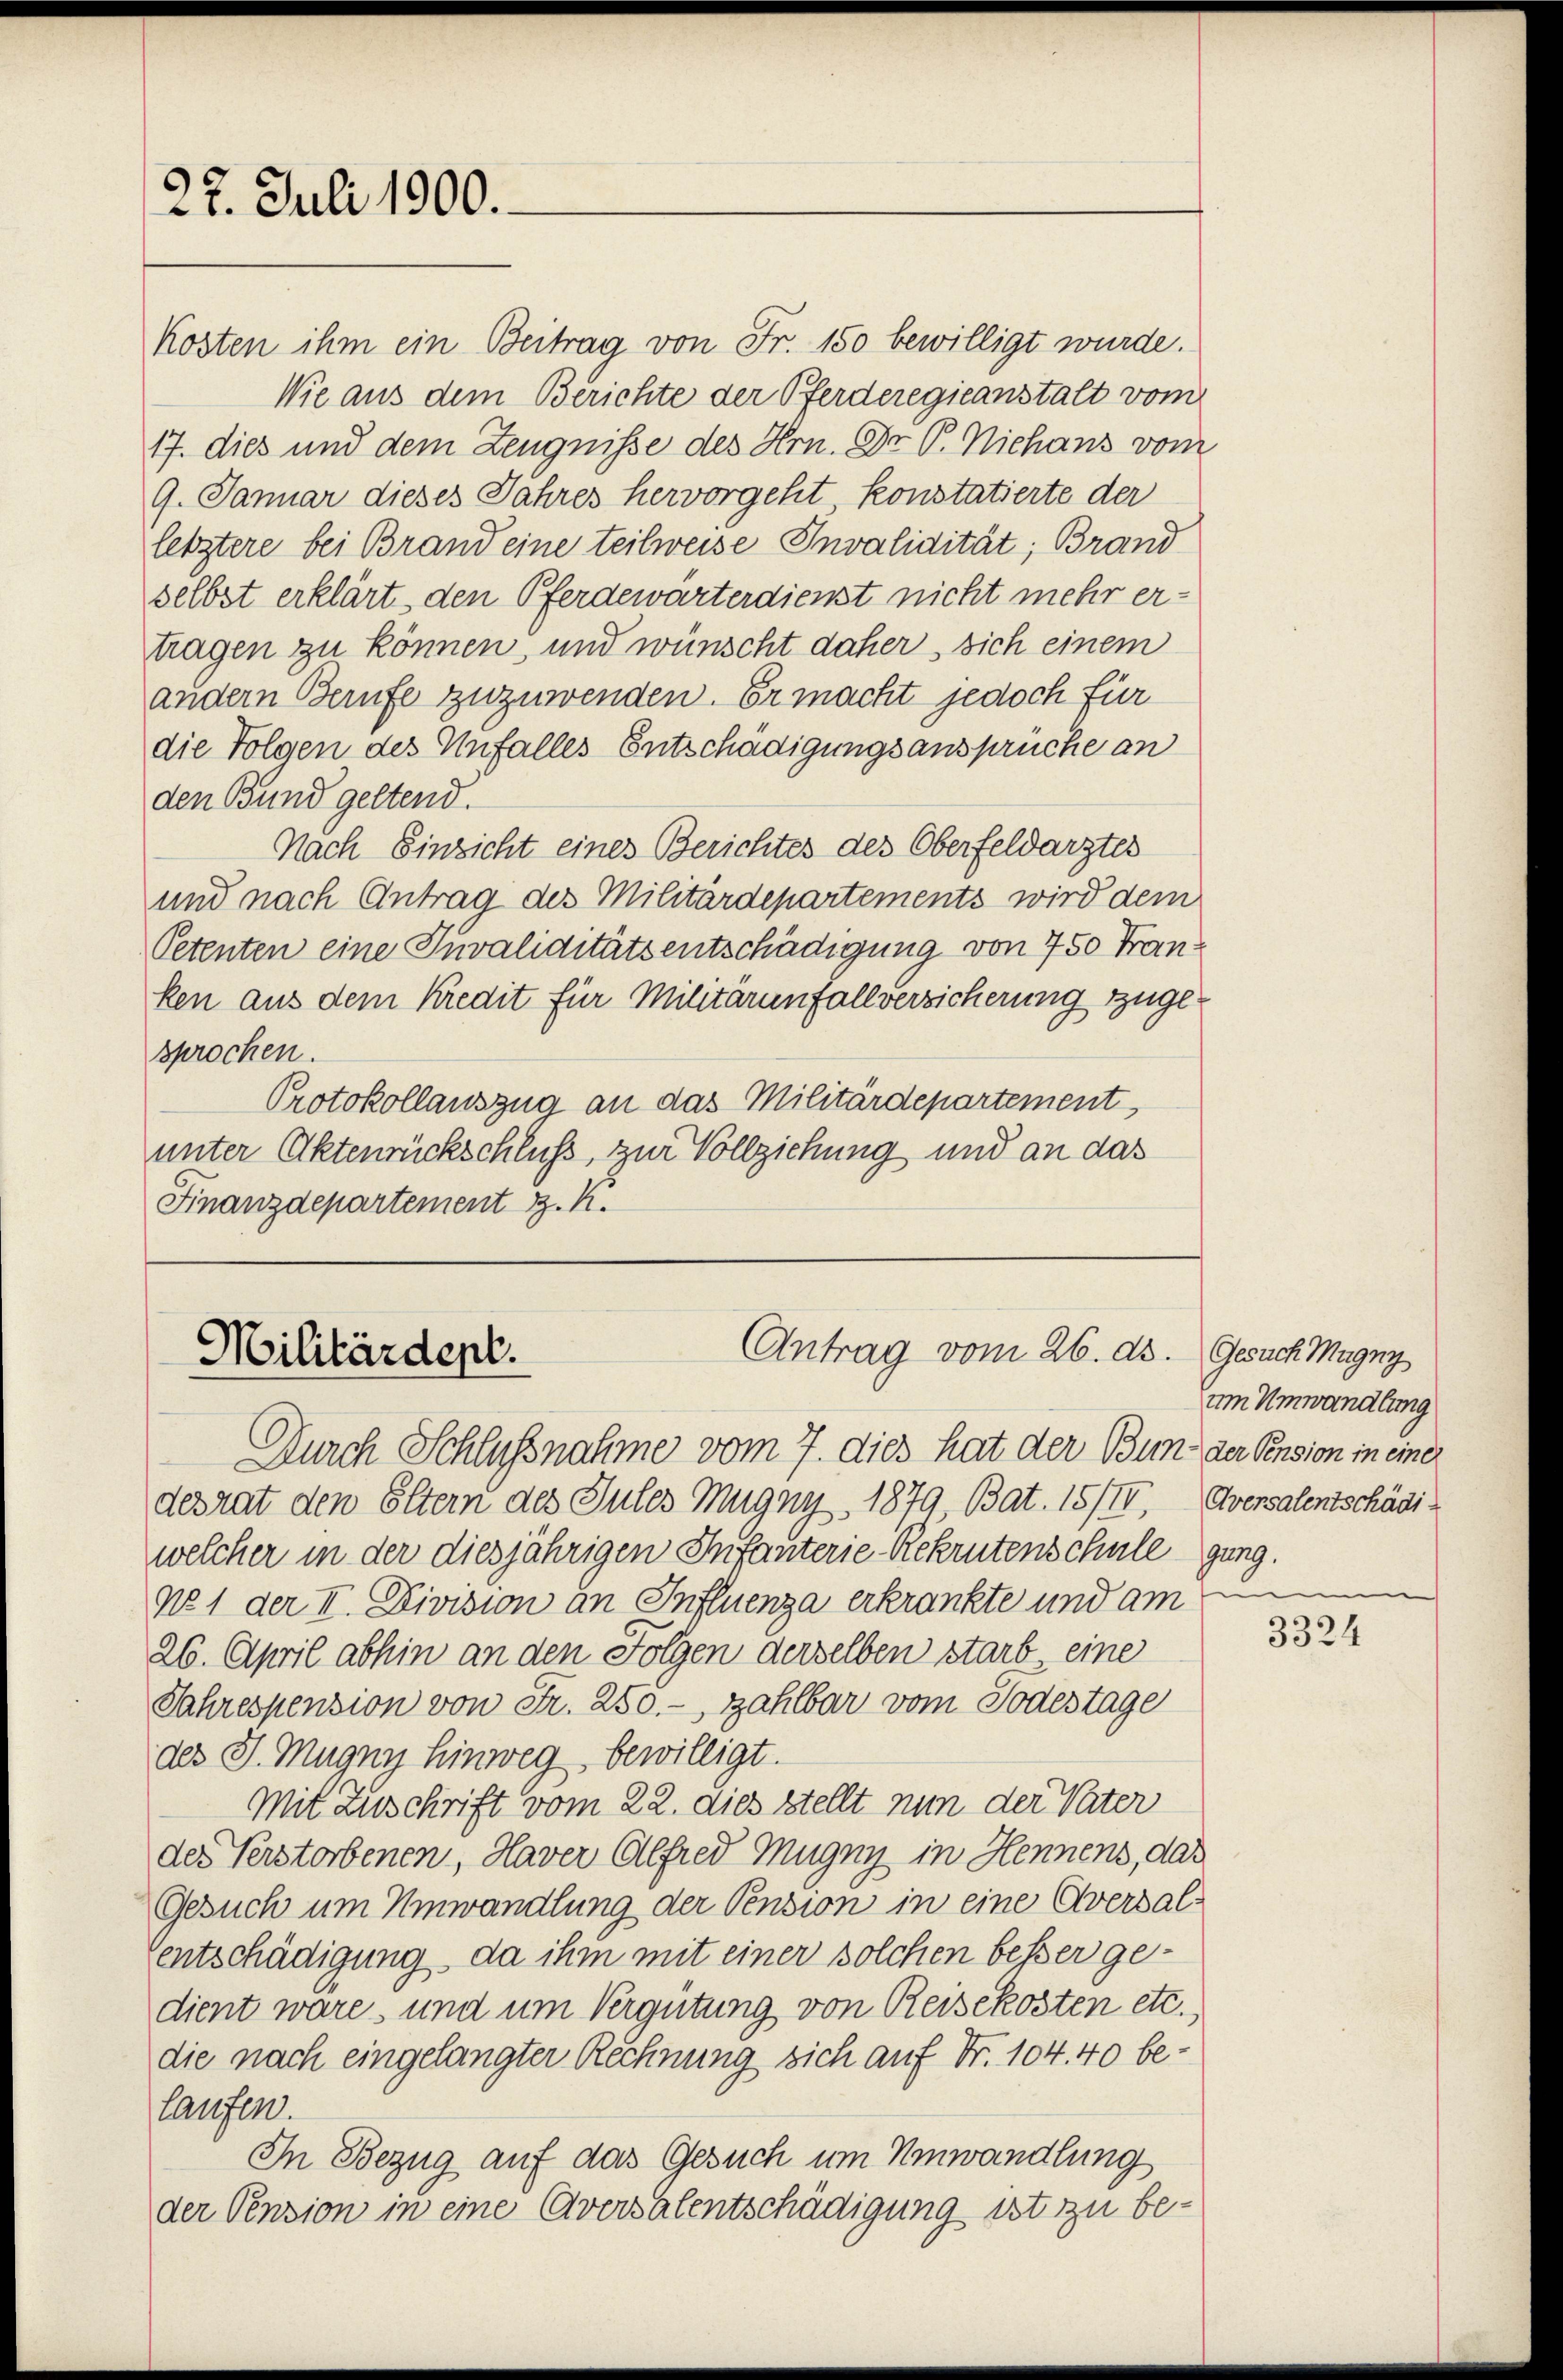
22. Juli 1900.

Kosten ihm ein Beitrag von Fr. 150 bewilligt wurde.
Wie aus dem Berichte der Pferderegieanstalt vom
17. dies und dem Zeugnisse des Hrn. Dr. C. Niehans vom
9. Januar dieses Jahres hervorgeht konstatierte der
letztere bei Brand eine teilweise Invalidität; Brand
selbst erklärt, den Pferdewärterdienst nicht mehr er-
tragen zu können, und wünscht daher sich einem
andern Berufe zuzuwenden. Er macht jedoch für
die Folgen des Unfalles Entschädigungsansprüche an
den Bund geltend.
Nach Einzicht eines Berichtes des Oberfeldarztes
und nach Antrag des Militärdepartements wird dem
Petenten eine Tuvaliditätsentschädigung von 750 Franken aus dem Kredit für Militärinfallversicherung zugesprochen.
Protokollauszug an das Militärdepartement,
unter Aktenrückschluß, zur Vollziehung und an das
Finanzdepartement z. K.

Antrag vom 26. ds. Gesuch Magny
Militärdept.

Durch Schlußnahme vom 7. dies hat der Bun der Pension in einer
desrat den Eltern des Jules Mugny. 1879, Bat. 15/II, Aversalentschädiwelcher in der diesjährigen Infanterie-Rekrutenschule gung.
no 1 der II. Division an Influenza erkrankte und am
26. April abhin an den Folgen derselben starb eine
Jahrespension von Fr. 250.-, zahlbar vom Todestage
des J. Mugny hinweg bewilligt.
Mit Zuschrift vom 22. dies stellt nun der Vater
des Verstorbenen, Haver Alfred Mugny in Hennens, das
Gesuch um Umwandlung der Pension in eine Aversal¬
Centschädigung, da ihm mit einer solchen besser gedient wäre, und um Vergütung von Reisekosten etc.)
die nach eingelangter Rechnung sich auf Fr. 104. 40 belaufen.
In Bezug auf das Gesuch um Umwandlung
der Pension in eine Aversalentschädigung ist zu be¬

um Umwandlung

n
3324